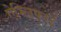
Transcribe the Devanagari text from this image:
ऐम्लिफाई